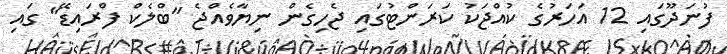
ފުނަދޫގައި 12 އަހަރުގެ ކުއްޖަކު ކަރަންޓުގައި ޖެހިގެން ނިޔާވެއްޖެ "ބްލެކް ފްރައިޑޭ" ގައި